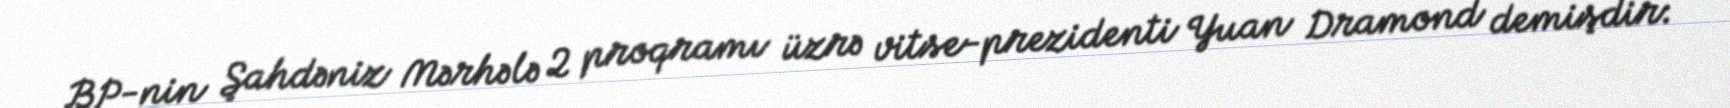
BP-nin Şahdəniz Mərhələ 2 proqramı üzrə vitse-prezidenti Yuan Dramond demişdir: